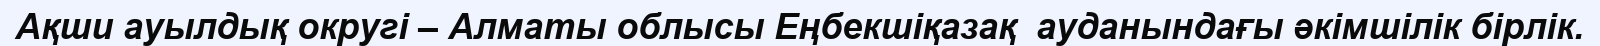
Ақши ауылдық округі – Алматы облысы Еңбекшіқазақ  ауданындағы әкімшілік бірлік.